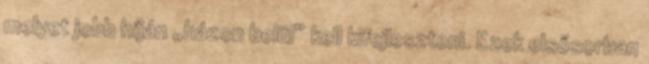
melyet jobb híján „házon belül” kell kifejleszteni. Ezek elsősorban